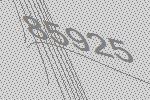
85925